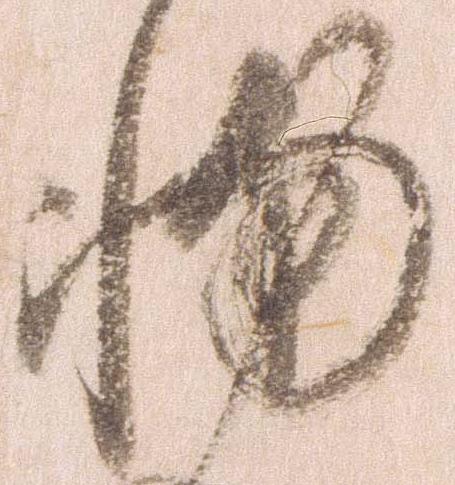
輔